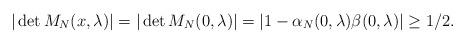
LaTeX: \begin{align*}|\det M_N(x,\lambda)|= |\det M_N(0,\lambda)|= |1-\alpha_N(0,\lambda)\beta(0,\lambda)|\geq 1/2.\end{align*}